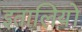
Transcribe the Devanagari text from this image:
इतालियों